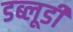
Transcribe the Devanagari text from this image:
डब्लूडी